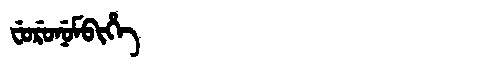
Manchu: ᠸᡠᡵᡠᠨᡠᠮᠪᡳᡥᡝ
Romanization: FURUNUMBIHE